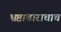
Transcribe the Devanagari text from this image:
भ्रष्टाचाराचाच